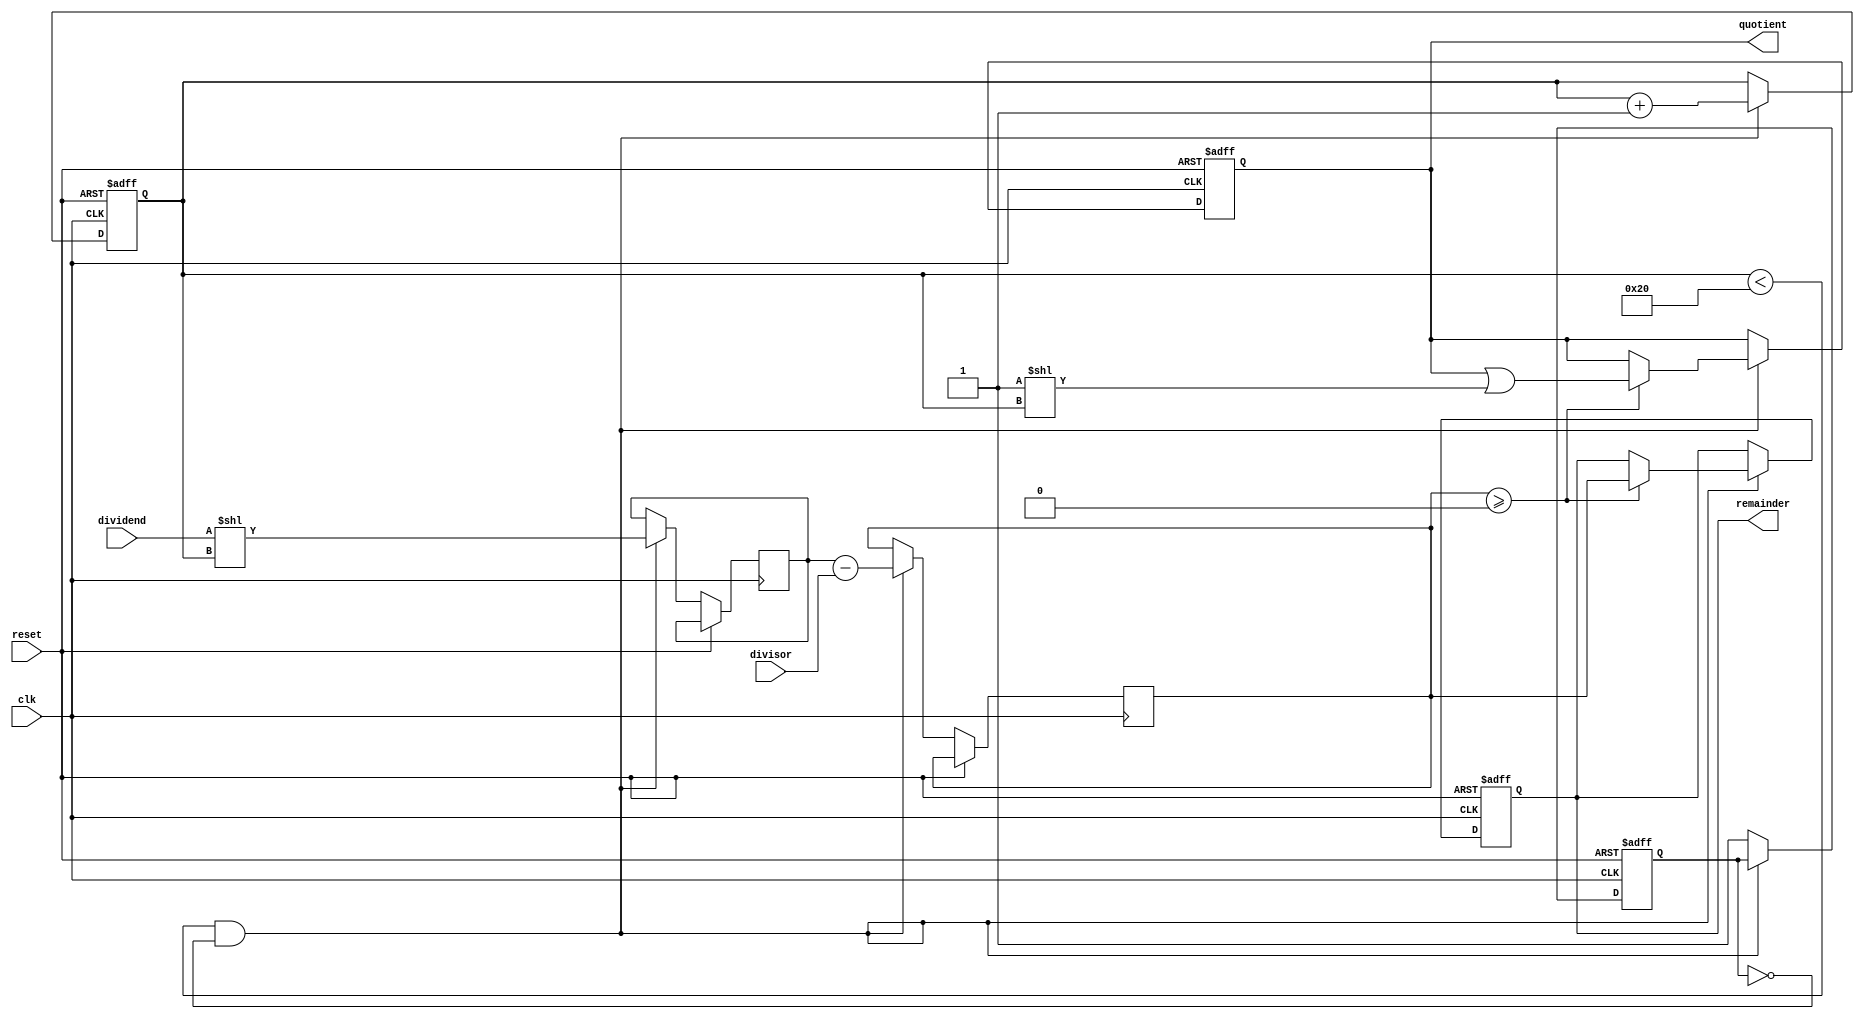
module Synchronous_Divider (
    input wire clk,
    input wire reset,
    input wire [31:0] dividend,
    input wire [31:0] divisor,
    output reg [31:0] quotient,
    output reg [31:0] remainder
);

reg [31:0] partial_product;
reg [31:0] temp_result;
reg [4:0] count;
reg done;

always @ (posedge clk or posedge reset) begin
    if (reset) begin
        quotient <= 0;
        remainder <= 0;
        count <= 0;
        done <= 0;
    end else begin
        if (count < 32 && !done) begin
            partial_product <= dividend << count;
            temp_result <= partial_product - divisor;
            if (temp_result >= 0) begin
                quotient <= quotient | (1 << count);
                remainder <= temp_result;
            end
            count <= count + 1;
        end else begin
            done <= 1;
        end
    end
end

endmodule